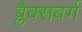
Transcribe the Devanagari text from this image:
ब्लैक्सबर्ग